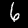
Label: 6